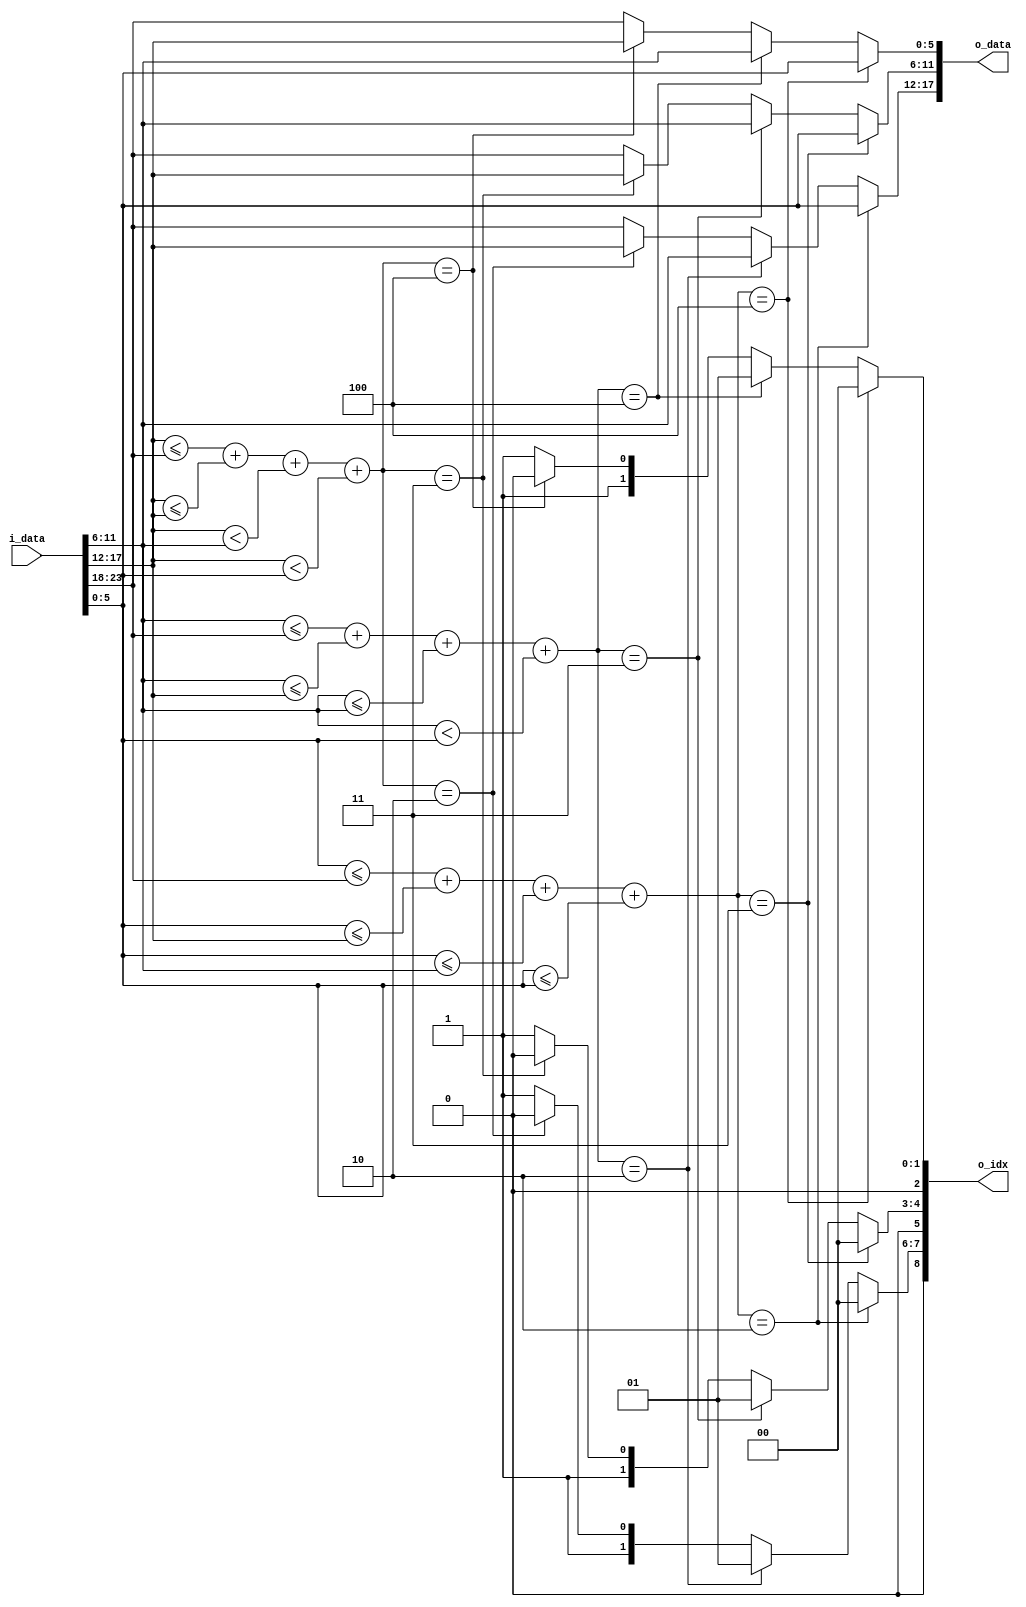
module	min #(
	parameter	ABS_WID = 6,
	parameter	IN_NUM	= 4,
	parameter	MIN_NUM = 3,
	parameter	IDX_WID = 3,
	parameter	COM_RES_WID = 3
) (
	input	[ABS_WID*IN_NUM-1:0]	i_data,
	
	output	[ABS_WID*MIN_NUM-1:0]	o_data,		// minimum numbers at LSB;
	output	[IDX_WID*MIN_NUM-1:0]	o_idx		// index of minimum numbers at LSB;
);


wire [ABS_WID-1:0]	w_data [0:IN_NUM-1];
reg		[ABS_WID-1:0]		r_new_min				[MIN_NUM-1:0]	;
reg 	[IDX_WID-1:0]		r_new_min_idx			[MIN_NUM-1:0]	;

// Input assignment
genvar i;
generate
	for(i=0;i<IN_NUM; i=i+1)	begin
		assign w_data[i] = i_data[ABS_WID*(i+1)-1:ABS_WID*i];
	end
endgenerate

// Cross-compare
reg [IN_NUM-1:0] r_cross_comp [0:IN_NUM-1];
genvar j;
generate
	for(i=0; i<IN_NUM; i=i+1)	begin: Cross_Compare
		for(j=0; j<IN_NUM; j=j+1)	begin
			if(i<=j)	begin
				always@(*)	r_cross_comp[i][j] = (w_data[i] <= w_data[j]);
			end 
			else begin
				always@(*)	r_cross_comp[i][j] = (w_data[i] < w_data[j]);
			end
		end
	end
endgenerate

// Sort
wire	[COM_RES_WID-1:0]	w_comp_result_sum[0:IN_NUM-1];

generate
	if(IN_NUM == 4)	begin
		
		assign w_comp_result_sum[3] = r_cross_comp[3][3] + r_cross_comp[3][2] + r_cross_comp[3][1] + r_cross_comp[3][0];
		assign w_comp_result_sum[2] = r_cross_comp[2][3] + r_cross_comp[2][2] + r_cross_comp[2][1] + r_cross_comp[2][0];
		assign w_comp_result_sum[1] = r_cross_comp[1][3] + r_cross_comp[1][2] + r_cross_comp[1][1] + r_cross_comp[1][0];
		assign w_comp_result_sum[0] = r_cross_comp[0][3] + r_cross_comp[0][2] + r_cross_comp[0][1] + r_cross_comp[0][0];

		for(i=0; i<MIN_NUM; i=i+1)	begin: find_min

			always@(*)	begin
				if(w_comp_result_sum[0] == IN_NUM-i)	begin
					r_new_min[i] = w_data[0]	;
					r_new_min_idx[i] = 0		;
				end
				else if(w_comp_result_sum[1] == IN_NUM-i)	begin
					r_new_min[i] = w_data[1]	;
					r_new_min_idx[i] = 1		;
				end
				else if(w_comp_result_sum[2] == IN_NUM-i)	begin
					r_new_min[i] = w_data[2]	;
					r_new_min_idx[i] = 2		;
				end
				else begin
					r_new_min[i] = w_data[3]	;
					r_new_min_idx[i] = 3		;
				end
			end
		end
	end
endgenerate

// Output assign
generate
	for(i=0; i< MIN_NUM; i=i+1)	begin: out_assign
		assign	o_data[(i+1)*ABS_WID-1:i*ABS_WID] = r_new_min[i];
		assign	o_idx[(i+1)*IDX_WID-1:i*IDX_WID] = r_new_min_idx[i];
	end
endgenerate

endmodule